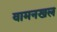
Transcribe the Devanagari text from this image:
वामनखल